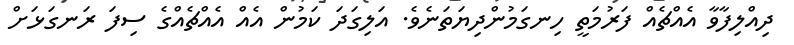
ދިއްލިފާވާ އެއްޗެއް ފަރުމަތީ ހިނގަމުންދިޔަތަނެވެ. އަލިގަދަ ކަމުން އެއް އެއްޗެއްގެ ސިފަ ރަނގަޅަށް